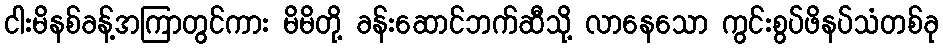
ငါးမိနစ်ခန့်အကြာတွင်ကား မိမိတို့ ခန်းဆောင်ဘက်ဆီသို့ လာနေသော ကွင်းစွပ်ဖိနပ်သံတစ်ခု